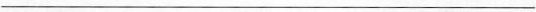
___